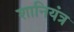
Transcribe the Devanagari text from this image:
शानियंत्र